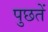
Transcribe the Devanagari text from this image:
पुछतें